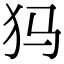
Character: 犸